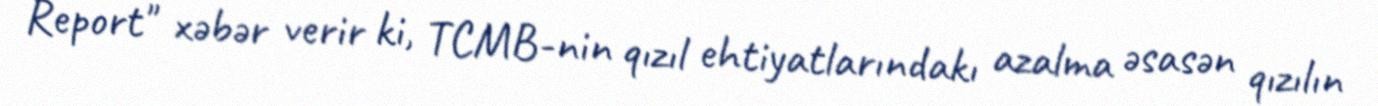
Report" xəbər verir ki, TCMB-nin qızıl ehtiyatlarındakı azalma əsasən qızılın